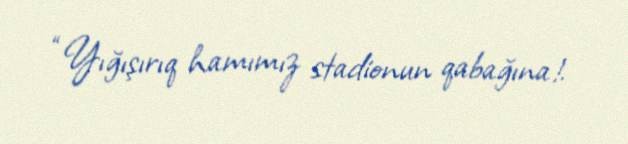
“Yığışırıq hamımız stadionun qabağına!.